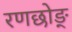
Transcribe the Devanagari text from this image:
रणछोङ्